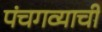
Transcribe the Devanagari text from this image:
पंचगव्याची